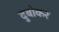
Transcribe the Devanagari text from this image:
दुबोकर